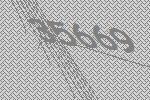
35669